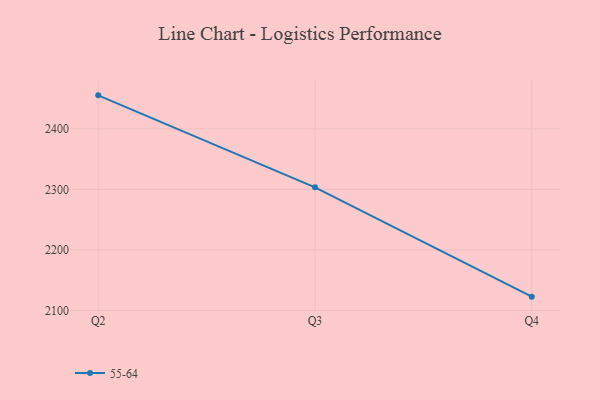
{"axis": {"x": "Quarter", "y": "Temperature (°C)"}, "legend": ["55-64"], "data": [{"x": "Q2", "y": 2455.4, "type": "55-64"}, {"x": "Q3", "y": 2303.5, "type": "55-64"}, {"x": "Q4", "y": 2122.9, "type": "55-64"}]}